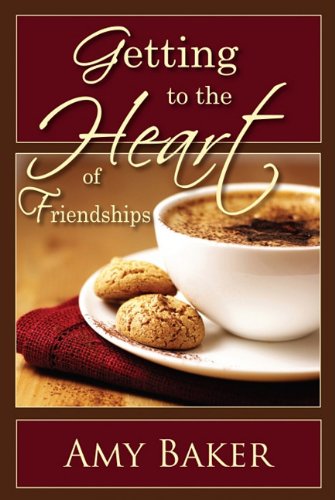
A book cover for Getting to the Heart of Friendships; Amy Baker; Self-Help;